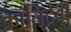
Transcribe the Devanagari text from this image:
क्रांतिदेवी